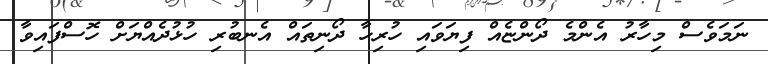
ނަމަވެސް މިހާރު އެންމެ ދޯންޏެއް ފިޔަވައި ހުރިހާ ދޯނިތައް އެނބުރި ހުޅުދެއްޔަށް ހޮސްފައިވާ